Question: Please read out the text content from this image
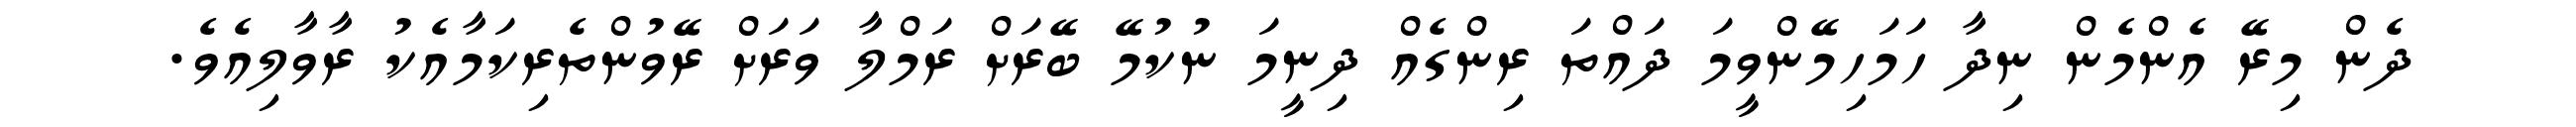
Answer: ދެން މިރޭ އެންމެން ނިދާ ހަމަހިމޭންވީމަ ދައްތަ ރިންގެއް ދިނީމަ ނުކުމޭ ބޭރަށް ރަމްލާ ވަރަށް ރޭވުންތެރިކަމާއެކު ރާވާލިއެވެ.